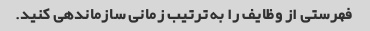
فهرستی از وظایف را به ترتیب زمانی سازماندهی کنید.